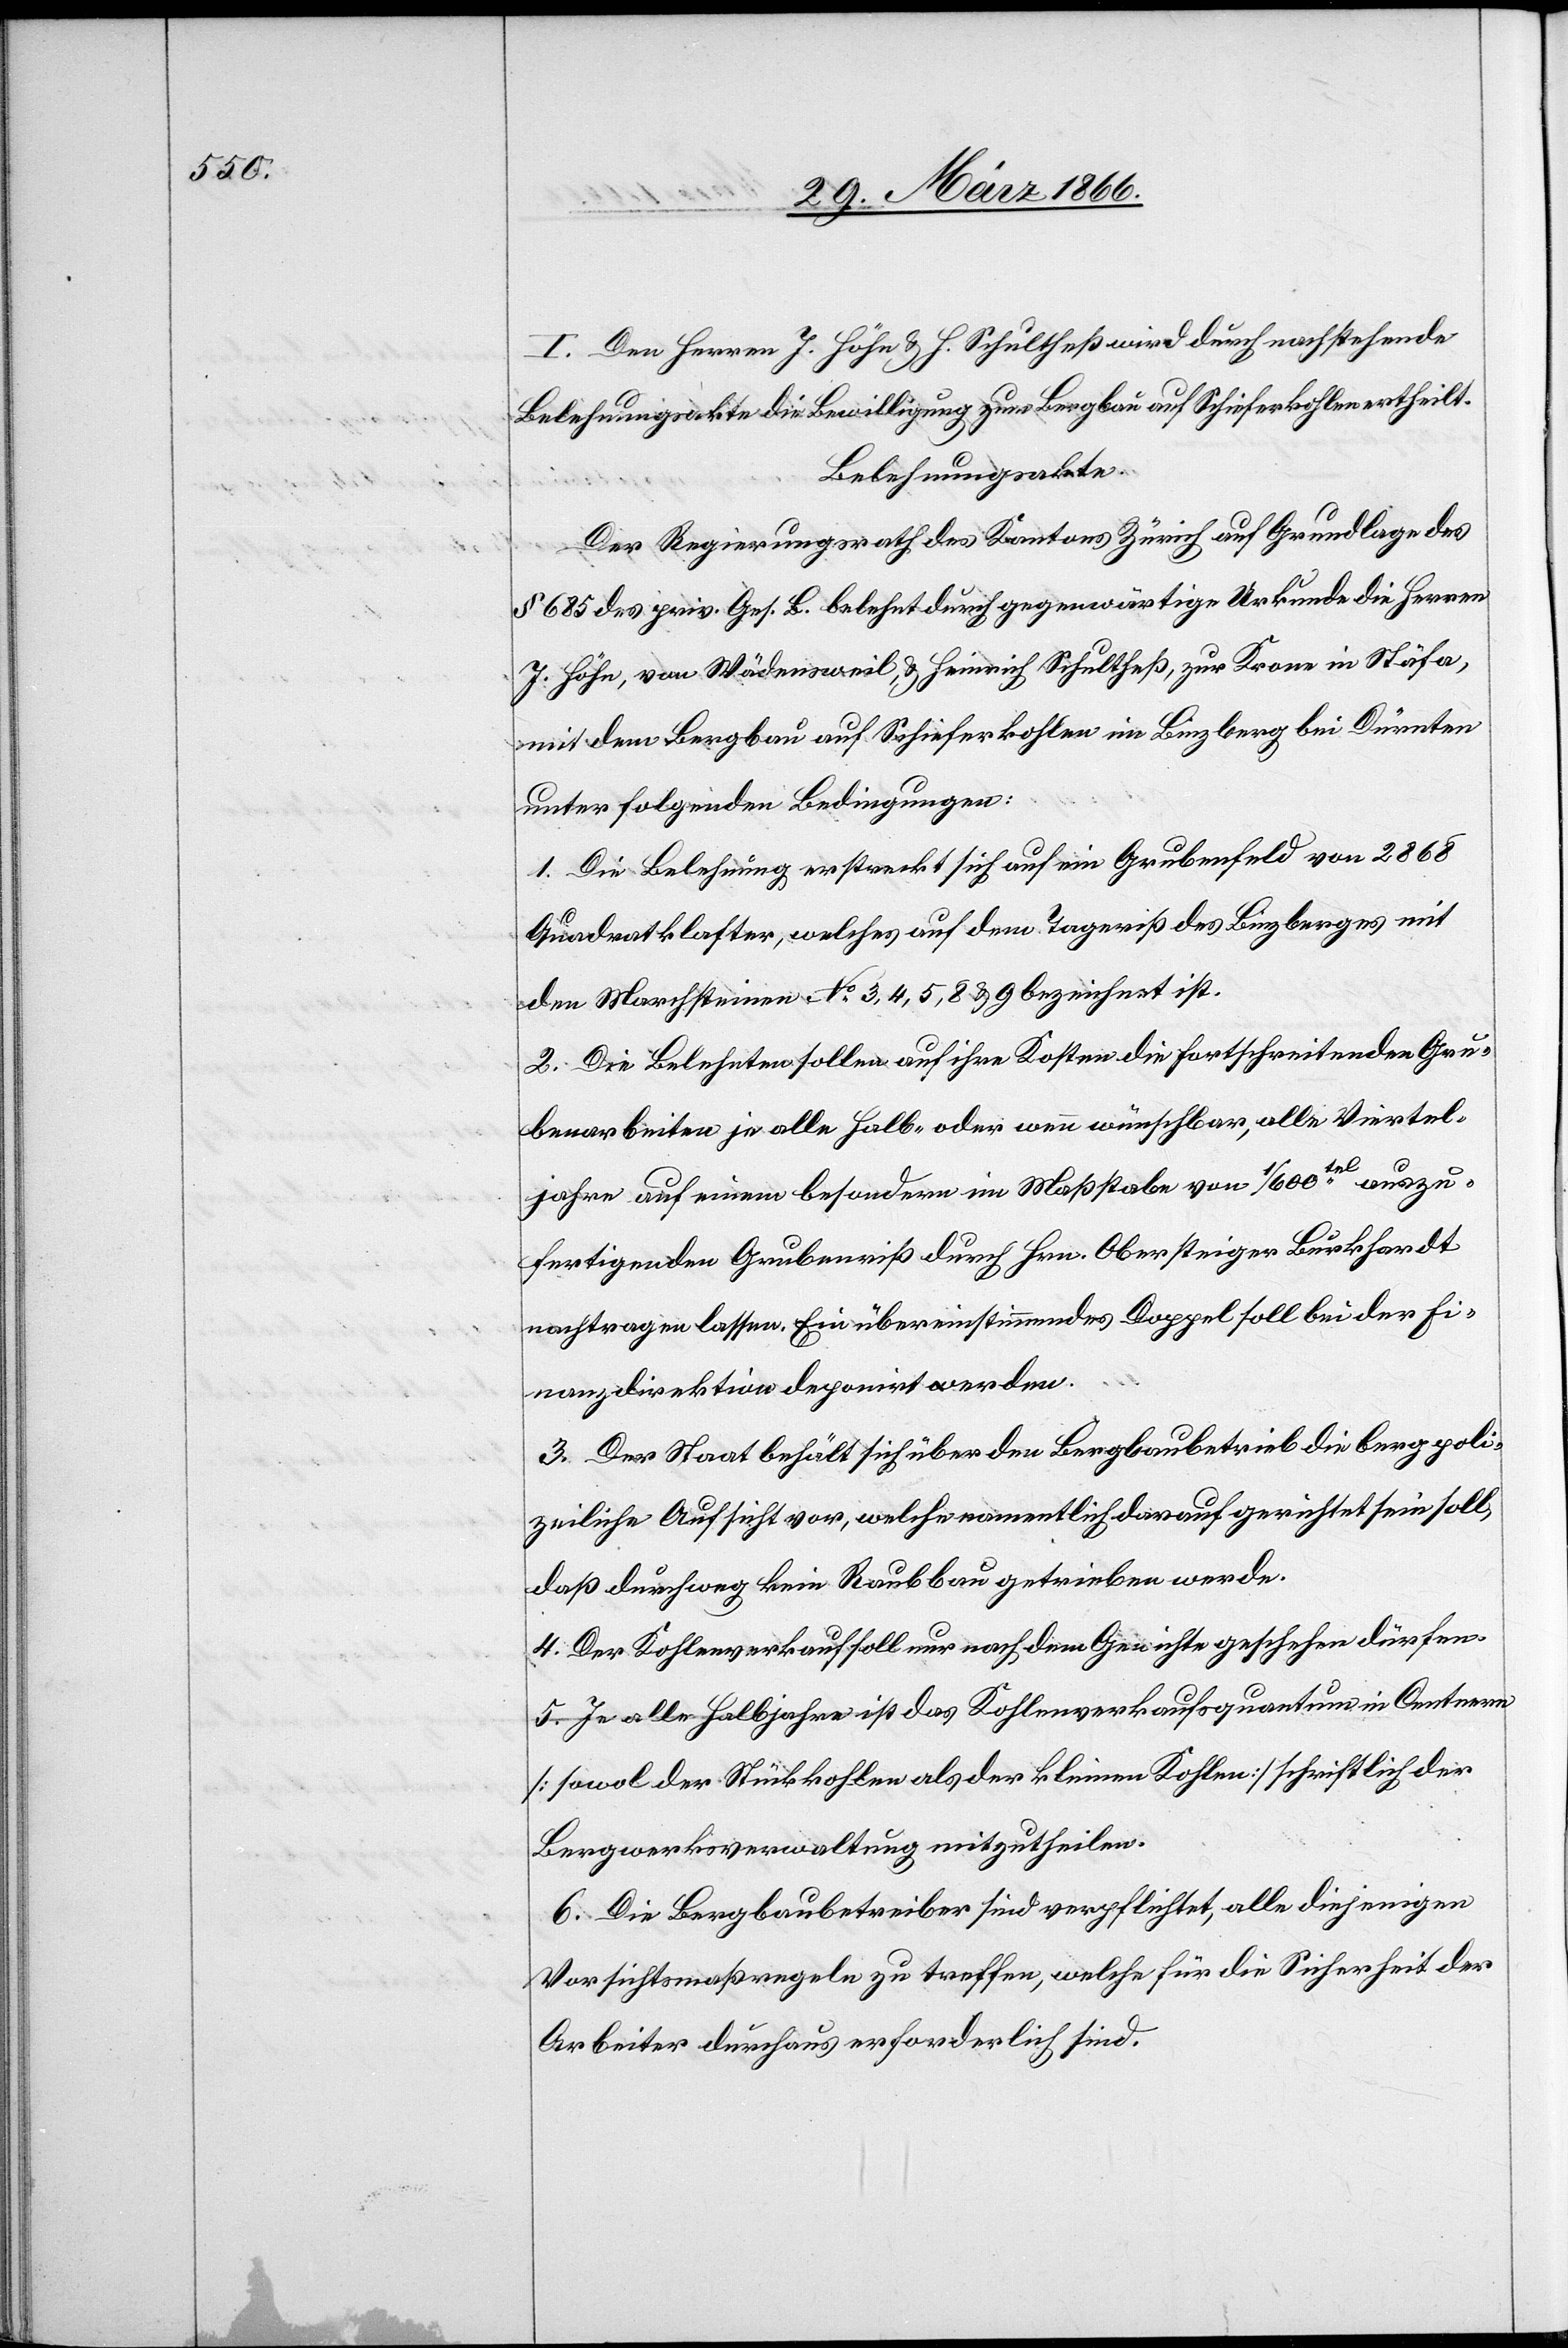
I. Den Herrn J. Höhe u. H. Schultheß wird durch nachstehende
Belehnungsakte die Bewilligung zum Bergbau auf Schieferkohlen ertheilt.
Belehnungsakte.
Der Regierungsrath des Kantons Zürich auf Grundlage des
§ 685 des priv. Ges. B. belehnt durch gegenwärtige Urkunde die Herren
J. Höhe, von Wädensweil, u. Heinrich Schultheß, zur Krone in Stäfa,
mit dem Bergbau auf Schieferkohlen im Binzberg bei Dürnten
unter folgenden Bedingungen:
1. Die Belehnung erstreckt sich auf ein Grubenfeld von 2868
Quadratklafter, welche auf dem Tageriß des Binzberges mit
den Marchsteinen No. 3, 4, 5, 8 u. 9 bezeichnet ist.
2. Die Belehnten sollen auf ihre Kosten die fortschreitenden Gru¬
benarbeiten je alle halbe- oder wenn wünschbar, alle Viertel¬
jahre auf einem besondern im Maßstabe von 1/600tel. auszu¬
fertigenden Grubenriß durch Hrn. Obersteiger Burkhardt
nachtragen lassen. Ein übereinstimmendes Doppel soll bei der Fi¬
nanzdirektion deponirt werden.
3. Der Staat behält über den Bergbaubetrieb die Bergpoli¬
zeiliche Aufsicht vor, welche namentlich darauf gerichtet sein soll,
daß durchweg kein Raubbau getrieben werde.
4. Der Kohlenverkauf soll nur nach dem Gewichte geschehen dürfen.
5. Je alle Halbjahre ist das Kohlenverkaufsquantum in Centnern
[sowol der Stückkohlen als der kleinen Kohlen] schriftlich der
Bergwerksverwaltung mitzutheilen.
6. Die Bergbaubetreiber sind verpflichtet, alle diejenigen
Vorsichtsmaßregeln zu treffen, welche für die Sicherheit der
Arbeiter durchaus erforderlich sind.